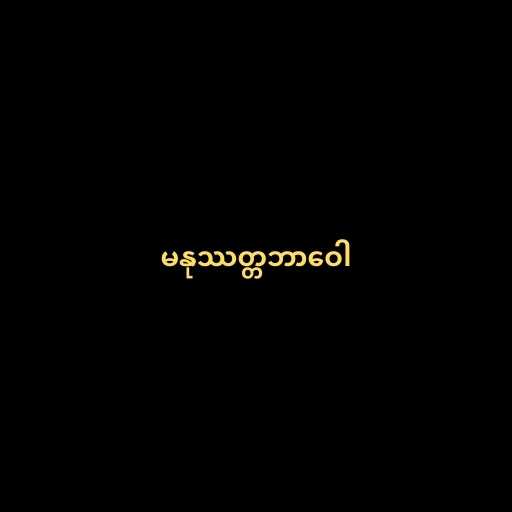
မနုဿတ္တဘာဝေါ